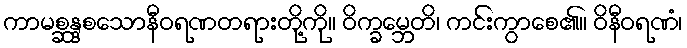
ကာမစ္ဆန္ဒစသောနီဝရဏတရားတို့ကို။ ဝိက္ခမ္ဘေတိ၊ ကင်းကွာစေ၏။ ဝိနီဝရဏံ၊